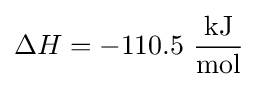
\Delta H=-110.5\ {\frac {\text{kJ}}{\text{mol}}}